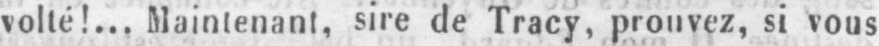
volté!.., Maintenant, sire de Tracy, prouvez, si vous